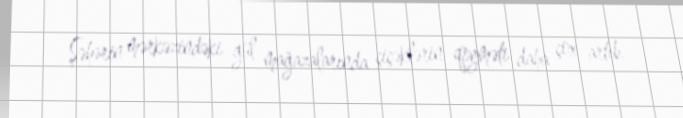
Şəhərin mərkəzindəki gül mağazalarında çiçəklərin qiyməti daha çox artıb.